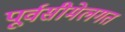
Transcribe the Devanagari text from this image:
पूर्वसीमेलगत